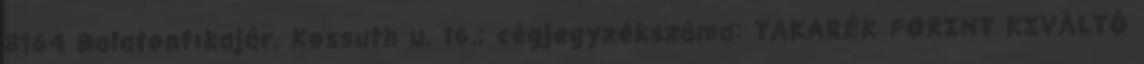
8164 Balatonfıkajár, Kossuth u. 16.; cégjegyzékszáma: TAKARÉK FORINT KIVÁLTÓ